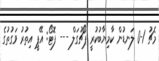
މެޗު 1-0 ލަނޑުން ކާމިޔާބުކުރީ ޕޯޗުގަލް --- ފޮޓޯ: އޭޕީ އިތުރު ވަގުތުގެ